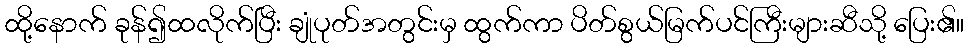
ထို့နောက် ခုန်၍ထလိုက်ပြီး ချုံပုတ်အတွင်းမှ ထွက်ကာ ပိတ်စွယ်မြက်ပင်ကြီးများဆီသို့ ပြေး၏။